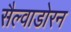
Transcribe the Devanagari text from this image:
सैल्वाडोरन